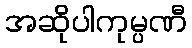
အဆိုပါကုမ္ပဏီ